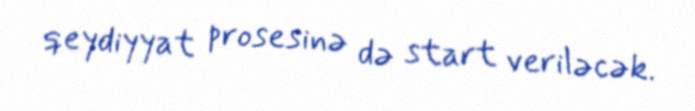
qeydiyyat prosesinə də start veriləcək.